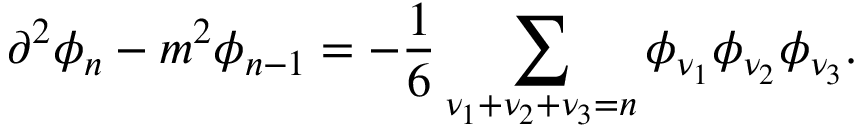
\partial ^ { 2 } \phi _ { n } - m ^ { 2 } \phi _ { n - 1 } = - \frac { 1 } { 6 } \sum _ { \nu _ { 1 } + \nu _ { 2 } + \nu _ { 3 } = n } \phi _ { \nu _ { 1 } } \phi _ { \nu _ { 2 } } \phi _ { \nu _ { 3 } } .